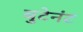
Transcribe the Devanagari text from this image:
बुटेनंट